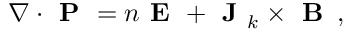
\begin{array} { r } { \nabla \cdot \textbf { P } = n \textbf { E } + \textbf { J } _ { k } \times \textbf { B } \, , } \end{array}